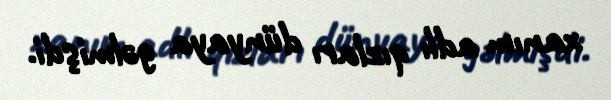
xanım adlı qızları dünyaya gəlmişdi.